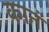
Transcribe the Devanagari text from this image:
कानं